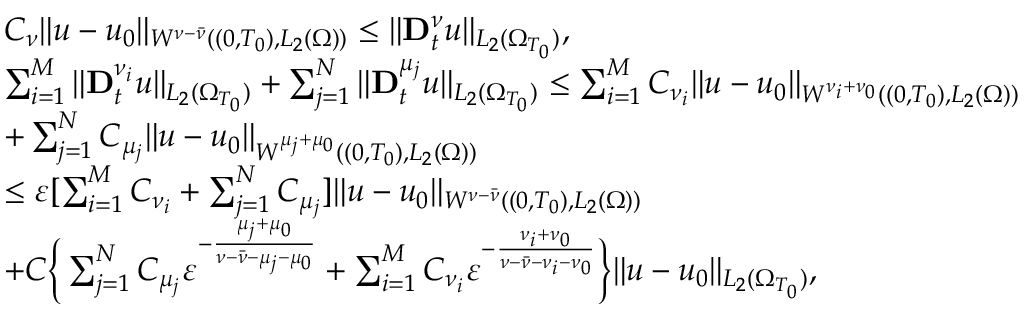
\begin{array} { r l } & { C _ { \nu } \| u - u _ { 0 } \| _ { W ^ { \nu - \bar { \nu } } ( ( 0 , T _ { 0 } ) , L _ { 2 } ( \Omega ) ) } \leq \| \mathbf { D } _ { t } ^ { \nu } u \| _ { L _ { 2 } ( \Omega _ { T _ { 0 } } ) } , } \\ & { \sum _ { i = 1 } ^ { M } \| \mathbf { D } _ { t } ^ { \nu _ { i } } u \| _ { L _ { 2 } ( \Omega _ { T _ { 0 } } ) } + \sum _ { j = 1 } ^ { N } \| \mathbf { D } _ { t } ^ { \mu _ { j } } u \| _ { L _ { 2 } ( \Omega _ { T _ { 0 } } ) } \leq \sum _ { i = 1 } ^ { M } C _ { \nu _ { i } } \| u - u _ { 0 } \| _ { W ^ { \nu _ { i } + \nu _ { 0 } } ( ( 0 , T _ { 0 } ) , L _ { 2 } ( \Omega ) ) } } \\ & { + \sum _ { j = 1 } ^ { N } C _ { \mu _ { j } } \| u - u _ { 0 } \| _ { W ^ { \mu _ { j } + \mu _ { 0 } } ( ( 0 , T _ { 0 } ) , L _ { 2 } ( \Omega ) ) } } \\ & { \leq \varepsilon [ \sum _ { i = 1 } ^ { M } C _ { \nu _ { i } } + \sum _ { j = 1 } ^ { N } C _ { \mu _ { j } } ] \| u - u _ { 0 } \| _ { W ^ { \nu - \bar { \nu } } ( ( 0 , T _ { 0 } ) , L _ { 2 } ( \Omega ) ) } } \\ & { + C \bigg \{ \sum _ { j = 1 } ^ { N } C _ { \mu _ { j } } \varepsilon ^ { - \frac { \mu _ { j } + \mu _ { 0 } } { \nu - \bar { \nu } - \mu _ { j } - \mu _ { 0 } } } + \sum _ { i = 1 } ^ { M } C _ { \nu _ { i } } \varepsilon ^ { - \frac { \nu _ { i } + \nu _ { 0 } } { \nu - \bar { \nu } - \nu _ { i } - \nu _ { 0 } } } \bigg \} \| u - u _ { 0 } \| _ { L _ { 2 } ( \Omega _ { T _ { 0 } } ) } , } \end{array}